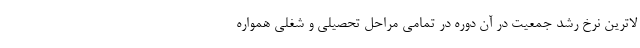
لاترین نرخ رشد جمعیت در آن دوره در تمامی مراحل تحصیلی و شغلی همواره